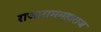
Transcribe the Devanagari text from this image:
राजाराममहाराज